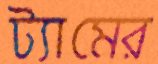
ট্যামের